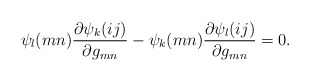
\begin{align*}\psi_l(mn)\frac{\partial \psi_k(ij)}{\partial g_{mn}}-\psi_k(mn)\frac{\partial \psi_l(ij)}{\partial g_{mn}}=0.\end{align*}